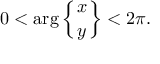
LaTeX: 0 < \arg \left\{ { x \atop y } \right\} < 2 \pi .